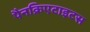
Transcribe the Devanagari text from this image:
पैनक्रिएटाइटस